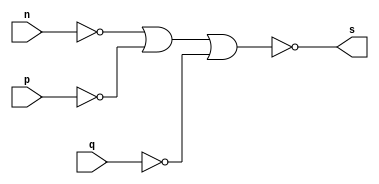
// ------------------------- 
// Guia01quarta - AND 
// Nome: Pedro Henrique Vilar Locatelli 
// ------------------------- 
module andgate ( output s,
                 input n, 
                 input p, 
                 input q); 
 assign s = ~(~n | ~p | ~q); 
endmodule // andgate 
// --------------------- 
// -- test and gate 
// --------------------- 
module testandgate; 
// ------------------------- dados locais 
  reg a, b, c; // definir registradores 
  wire s; // definir conexao (fio) 
// ------------------------- instancia 
  andgate AND1 (s, a, b, c); 
// ------------------------- preparacao 
  initial begin:start 
   a=0; b=0; c=0;
  end 
// ------------------------- parte principal 
  initial begin 
   $display("Exemplo0003 - Pedro Henrique Vilar Locatelli - 427453"); 
   $display("Test AND gate"); 
   $display("\na & b & c = s\n"); 
   a=0; b=0; c=0; 
#1 $display("%b & %b & %b = %b", a, b, c, s); 
   a=0; b=0; c=1; 
#1 $display("%b & %b & %b = %b", a, b, c, s); 
   a=0; b=1; c=0;
#1 $display("%b & %b & %b = %b", a, b, c, s); 
   a=0; b=1; c=1;
#1 $display("%b & %b & %b = %b", a, b, c, s); 
   a=1; b=0; c=0;
#1 $display("%b & %b & %b = %b", a, b, c, s); 
   a=1; b=0; c=1;
#1 $display("%b & %b & %b = %b", a, b, c, s); 
   a=1; b=1; c=0;
#1 $display("%b & %b & %b = %b", a, b, c, s); 
   a=1; b=1; c=1;
#1 $display("%b & %b & %b = %b", a, b, c, s); 
end 
endmodule // testandgate 
// verso    -    data    -    comentario
// 0.1          03/08/11       (OK). tabela verdade de porta AND